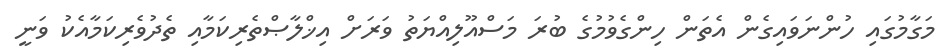
މަގާމުގައި ހުންނަވައިގެން އެތަން ހިންގެވުމުގެ ބުރަ މަސްއޫލިއްޔަތު ވަރަށް އިޚްލާޞްތެރިކަމާއި ތެދުވެރިކަމާއެކު ވަނީ